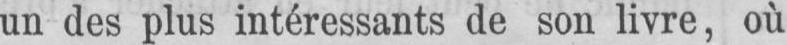
un des plus intéressants de son livre, où